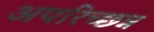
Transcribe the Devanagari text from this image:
अपरिच्छन्न